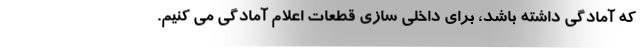
که آمادگی داشته باشد، برای داخلی سازی قطعات اعلام آمادگی می کنیم.